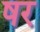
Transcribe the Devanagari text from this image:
षर